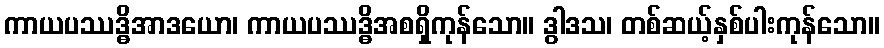
ကာယပဿဒ္ဓိအာဒယော၊ ကာယပဿဒ္ဓိအစရှိကုန်သော။ ဒွါဒသ၊ တစ်ဆယ့်နှစ်ပါးကုန်သော။